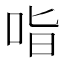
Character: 𭇣